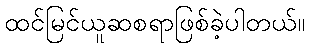
ထင်မြင်ယူဆစရာဖြစ်ခဲ့ပါတယ်။